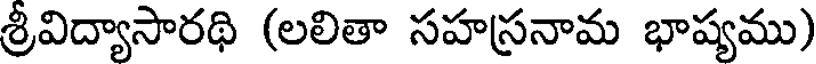
శ్రీవిద్యాసారథి (లలితా సహస్రనామ భాష్యము)